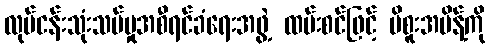
လုပ်ငန်းသုံးသပ်မှုအစီရင်ခံရေးအဖွဲ့ ထမ်းစင်ဖြင့် မိစူးအမိန့်ကို